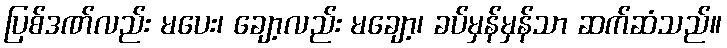
ပြစ်ဒဏ်လည်း မပေး၊ ချော့လည်း မချော့၊ ခပ်မှန်မှန်သာ ဆက်ဆံသည်။